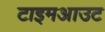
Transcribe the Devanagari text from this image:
टाइमआउट